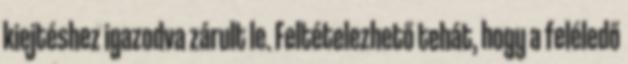
kiejtéshez igazodva zárult le. Feltételezhető tehát, hogy a feléledő